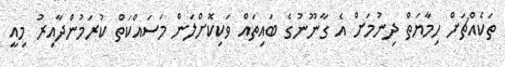
ތަކެއްޗަށް ހިމާޔަތް ދިނުމަށް އެ ގާނޫނުގެ ބައިތައް ވަކިކޮށްލަން މަސައްކަތް ކުރަމުންދާއިރު މިއީ